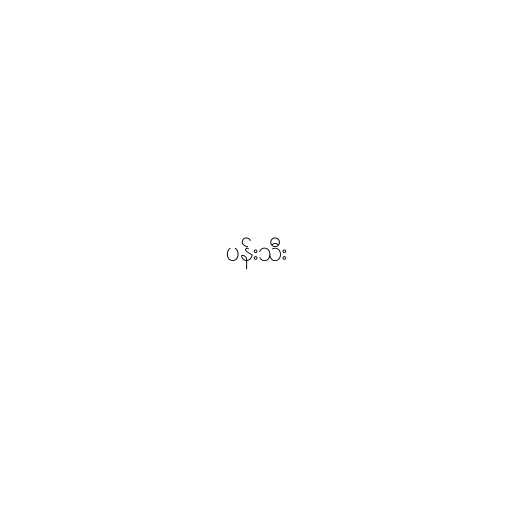
ပန်းသီး